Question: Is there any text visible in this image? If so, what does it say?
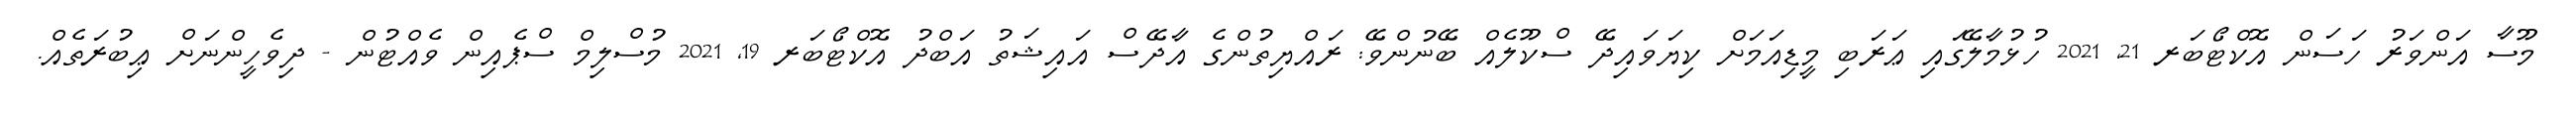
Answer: މޫސާ އަންވަރު ހަސަން އޮކްޓޯބަރ 21, 2021 ހުޅުމާލޭގައި ޢަރަބި މީޑިއަމަށް ކިޔަވައިދޭ ސްކޫލެއް ބޭނުންވޭ: ރައްޔިތުންގެ އާދޭސް އައިޝަތު އަބްދު އޮކްޓޯބަރ 19, 2021 މުސްލިމް ސްޕެއިން ވެއްޓުން - ދިވެހީންނަށް ޢިބުރަތެއް.